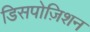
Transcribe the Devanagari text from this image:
डिसपोज़िशन